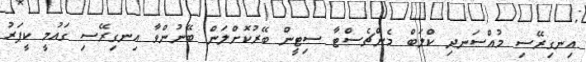
އިނގިރޭސި މުއްސަނދި ކްލަބް މެންޗެސްޓާ ސިޓީން ބޭރުކޮށްލަން ބޭނުންވާ އިނގިރޭސި ގައުމީ ކީޕަރު